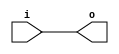
module HasDeadCode(
  input   i,
  output  o
);
  assign o = i;
endmodule